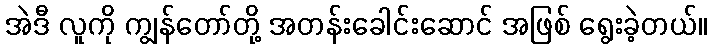
အဲဒီ လူကို ကျွန်တော်တို့ အတန်းခေါင်းဆောင် အဖြစ် ရွေးခဲ့တယ်။